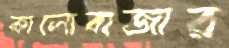
কালোবাজার